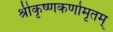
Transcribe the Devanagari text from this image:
श्रीकृष्णकर्णामृतम्